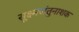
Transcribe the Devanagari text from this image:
सूक्ष्मजंतुनाशक